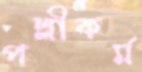
পল্লীকর্ম